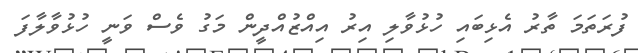
ފުރަތަމަ ތާރު އެޅިބައި ހުޅުވާލި އިރު އިއްޒުއްދީން މަގު ވެސް ވަނީ ހުޅުވާލާފަ